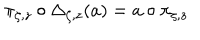
LaTeX: \pi _ { \zeta , z } \circ \Delta _ { \zeta , z } ( a ) = a \circ \pi _ { \zeta , z }